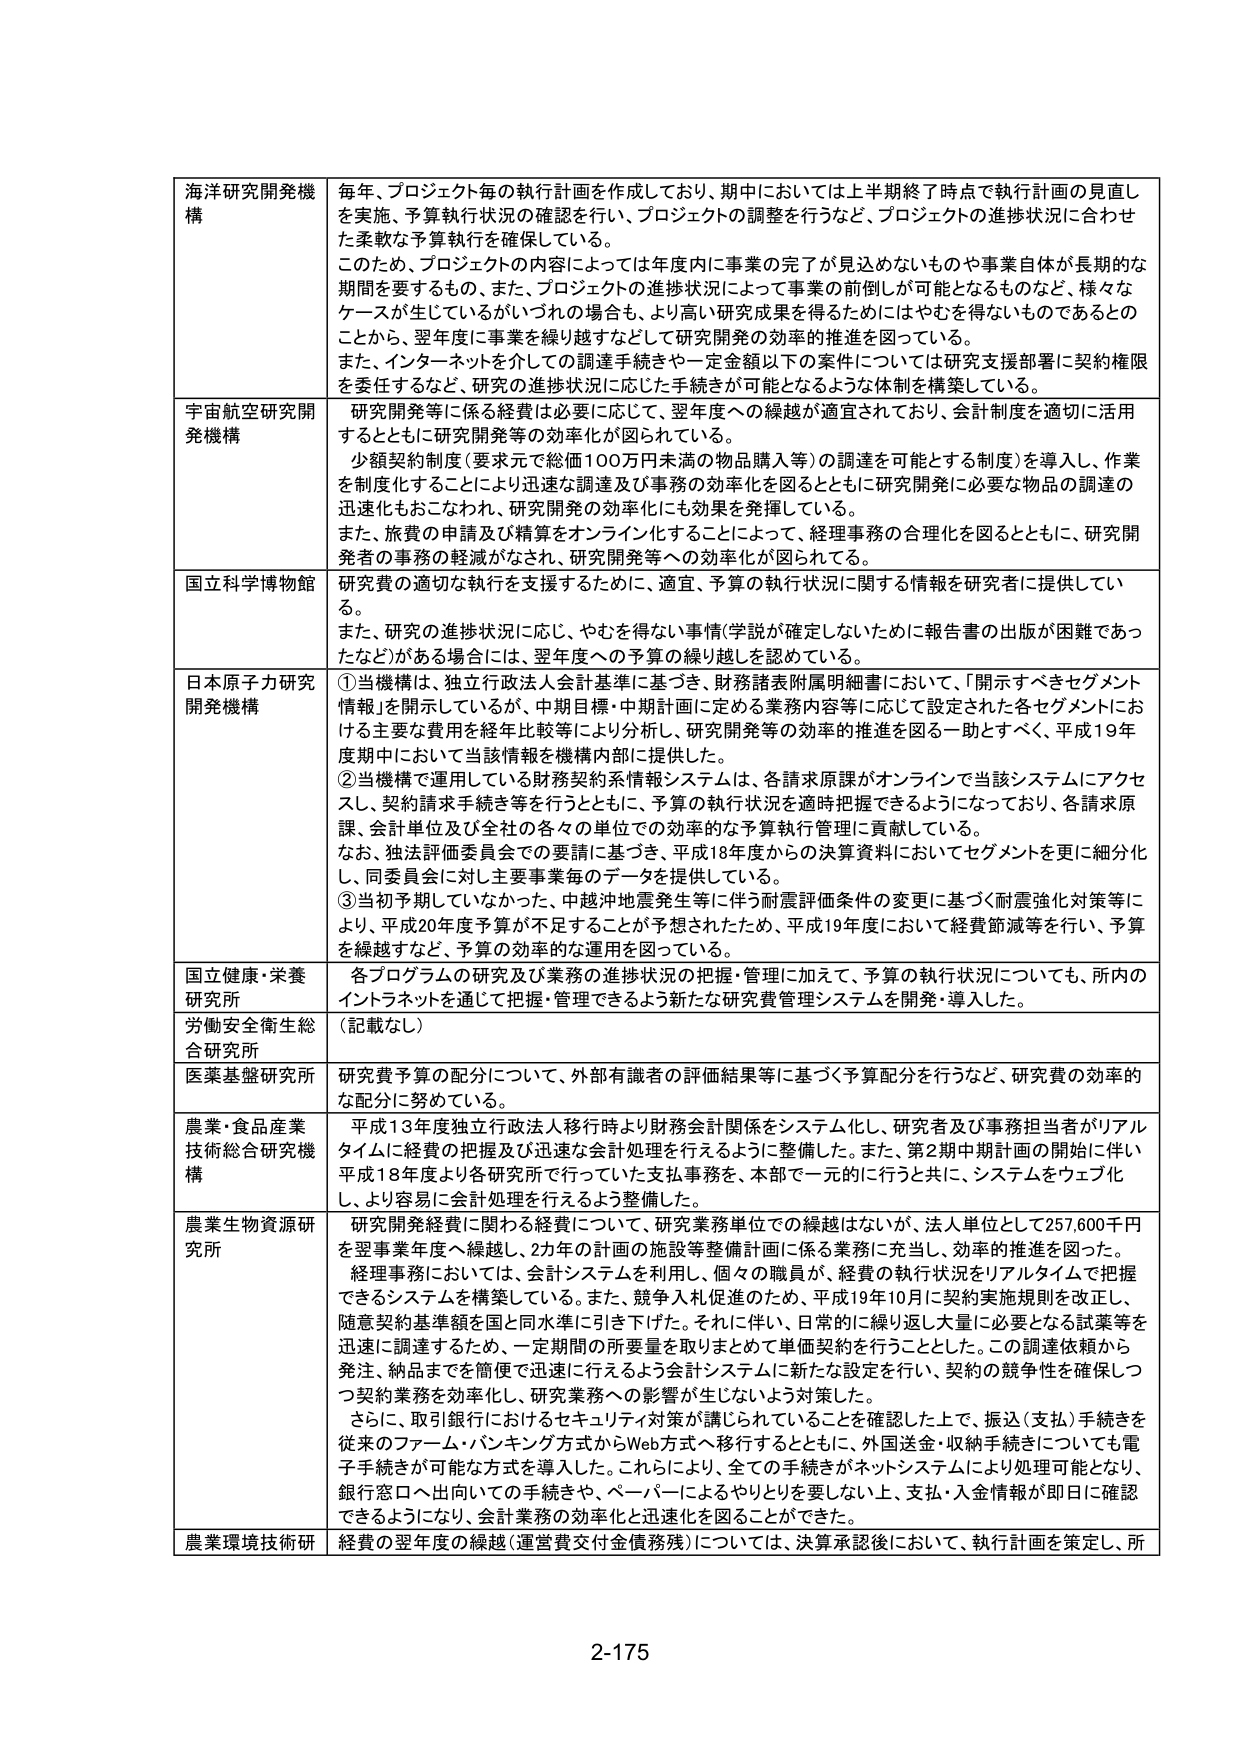
海洋研究開発機構
毎年、プロジェクト毎の執行計画を作成しており、期中においては上半期終了時点で執行計画の見直しを実施、予算執行状況の確認を行い、プロジェクトの調整を行うなど、プロジェクトの進捗状況に合わせた柔軟な予算執行を確保している。
このため、プロジェクトの内容によっては年度内に事業の完了が見込めないものや事業自体が長期的な期間を要するもの、また、プロジェクトの進捗状況によって事業の前倒しが可能となるものなど、様々なケースが生じているがいづれの場合も、より高い研究成果を得るためにはやむを得ないものであるとのことから、翌年度に事業を繰り越すなどして研究開発の効率的推進を図っている。
また、インターネットを介しての調達手続きや一定金額以下の案件については研究支援部署に契約権限を委任するなど、研究の進捗状況に応じた手続きが可能となるような体制を構築している。

宇宙航空研究開発機構
研究開発等に係る経費は必要に応じて、翌年度への繰越が適宜されており、会計制度を適切に活用するとともに研究開発等の効率化が図られている。
小額契約制度（要求元で総価100万円未満の物品購入等）の調達を可能とする制度）を導入し、作業を制度化することにより迅速な調達及び事務の効率化を図るとともに研究開発に必要な物品の調達の迅速化もおこなわれ、研究開発の効率化にも効果を発揮している。
また、旅費の申請及び精算をオンライン化することによって、経理事務の合理化を図るとともに、研究開発者の事務の軽減がなされ、研究開発等への効率化が図られている。

国立科学博物館
研究費の適切な執行を支援するために、適宜、予算の執行状況に関する情報を研究者に提供している。
また、研究の進捗状況に応じ、やむを得ない事情（学説が確定しないために報告書の出版が困難であったなど）がある場合には、翌年度への予算の繰り越しを認めている。

日本原子力研究開発機構
①当機構は、独立行政法人会計基準に基づき、財務諸表附属明細書において、「開示すべきセグメント情報」を開示しているが、中期目標・中期計画に定める業務内容等に応じて設定された各セグメントにおける主要な費用を経年比較等により分析し、研究開発等の効率の推進を図る一助とすべく、平成19年度期中において当該情報を機構内部に提供した。
②当機構で運用している財務契約系情報システムは、各請求原課がオンラインで当該システムにアクセスし、契約請求手続き等を行うとともに、予算の執行状況を適時把握できるようになっており、各請求原課、会計単位及び全社の各々の単位での効率的な予算執行管理に貢献している。
なお、独法評価委員会での要請に基づき、平成18年度からの決算資料においてセグメントを更に細分化し、同委員会に対し主要事業毎のデータを提供している。
③当初予期していなかった、中越沖地震発生等に伴う耐震評価条件の変更に基づく耐震強化対策等により、平成20年度予算が不足することが予想されたため、平成19年度において経費節減等を行い、予算を繰越すなど、予算の効率的な運用を図っている。

国立健康・栄養研究所
各プログラムの研究及び業務の進捗状況の把握・管理に加えて、予算の執行状況についても、所内のイントラネットを通じて把握・管理できるよう新たな研究管理システムを開発・導入した。

労働安全衛生総合研究所
（記載なし）

医薬基盤研究所
研究費予算の配分について、外部有識者の評価結果等に基づく予算配分を行うなど、研究費の効率的な配分に努めている。

農業・食品産業技術総合研究機構
平成13年度独立行政法人移行時より財務会計関係をシステム化し、研究者及び事務担当者がリアルタイムに経費の把握及び迅速な会計処理を行えるように整備した。また、第2期中期計画の開始に伴い平成18年度より各研究所で行っていた支払事務を、本部で一元的に行うと共に、システムをウェブ化し、より容易に会計処理を行えるよう整備した。

農業生物資源研究所
研究開発経費に関わる経費について、研究業務単位での繰越はないが、法人単位として257,600千円を翌事業年度へ繰越し、2か年の計画の施設等整備計画に係る業務に充当し、効率の推進を図った。
経理事務においては、会計システムを利用し、個々の職員が、経費の執行状況をリアルタイムで把握できるシステムを構築している。また、競争入札促進のため、平成19年10月に契約実施規則を改正し、随意契約基準額を国と同水準に引き下げた。それに伴い、日常的に繰り返し大量に必要となる試薬等を迅速に調達するため、一定期間の所要量を取りまとめて単価契約を行うこととした。この調達依頼から発注、納品までを簡便で迅速に行えるよう会計システムに新たな設定を行い、契約の競争性を確保しつつ契約業務を効率化し、研究業務への影響が生じないよう対策した。
さらに、取引銀行におけるセキュリティ対策が講じられていることを確認した上で、振込（支払）手続きを従来のファーム・バンキング方式からWeb方式へ移行するとともに、外国送金・収納手続きについても電子手続きが可能な方式を導入した。これにより、全ての手続きがネットシステムにより処理可能となり、銀行窓口へ出向いての手続きや、ペーパーによるやりとりを要しない上、支払・入金情報が即日に対応できるようになり、会計業務の効率化と迅速化を図ることができた。

農業環境技術研
経費の翌年度の繰越（運営費交付金債務残）については、決算承認後において、執行計画を策定し、所

2-175